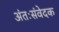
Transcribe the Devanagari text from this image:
अंतःसंवेदक